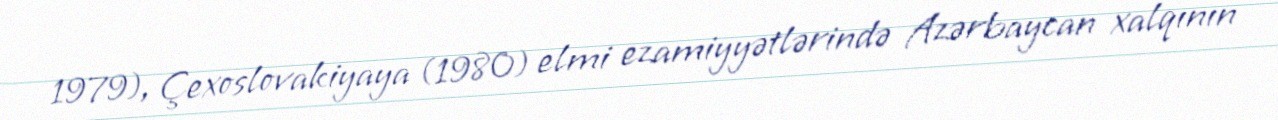
1979), Çexoslovakiyaya (1980) elmi ezamiyyətlərində Azərbaycan xalqının